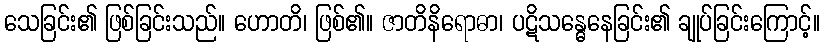
သေခြင်း၏ ဖြစ်ခြင်းသည်။ ဟောတိ၊ ဖြစ်၏။ ဇာတိနိရောဓာ၊ ပဋိသန္ဓေနေခြင်း၏ ချုပ်ခြင်းကြောင့်။